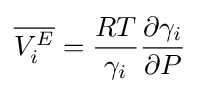
{\overline {V_{i}^{E}}}={\frac {RT}{\gamma _{i}}}{\frac {\partial \gamma _{i}}{\partial P}}